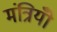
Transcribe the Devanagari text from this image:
मंत्रियोँ